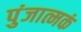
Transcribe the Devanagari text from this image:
पुंजात्मकं